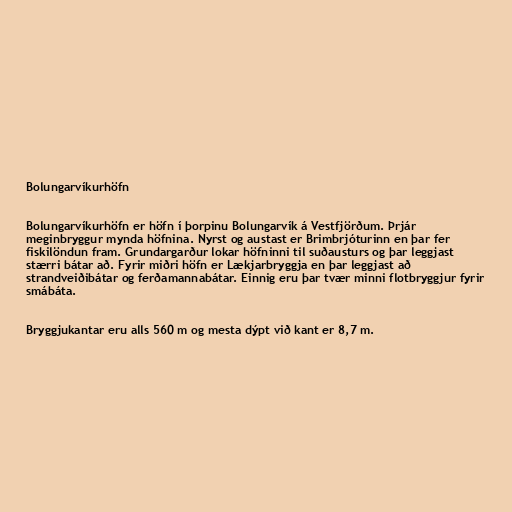
Bolungarvíkurhöfn

Bolungarvíkurhöfn er höfn í þorpinu Bolungarvík á Vestfjörðum. Þrjár
meginbryggur mynda höfnina. Nyrst og austast er Brimbrjóturinn en þar fer
fiskilöndun fram. Grundargarður lokar höfninni til suðausturs og þar leggjast
stærri bátar að. Fyrir miðri höfn er Lækjarbryggja en þar leggjast að
strandveiðibátar og ferðamannabátar. Einnig eru þar tvær minni flotbryggjur fyrir
smábáta.

Bryggjukantar eru alls 560 m og mesta dýpt við kant er 8,7 m.